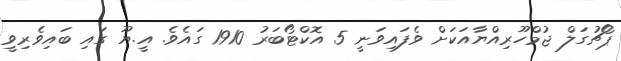
ޕޯޗުގަލް ޖުމްހޫރިއްޔާއަކަށް ވެފައިވަނީ 5 އޮކްޓޯބަރު 1910 ގައެވެ. އީ.ޔޫ ގައި ބައިވެރިވީ